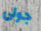
جولى